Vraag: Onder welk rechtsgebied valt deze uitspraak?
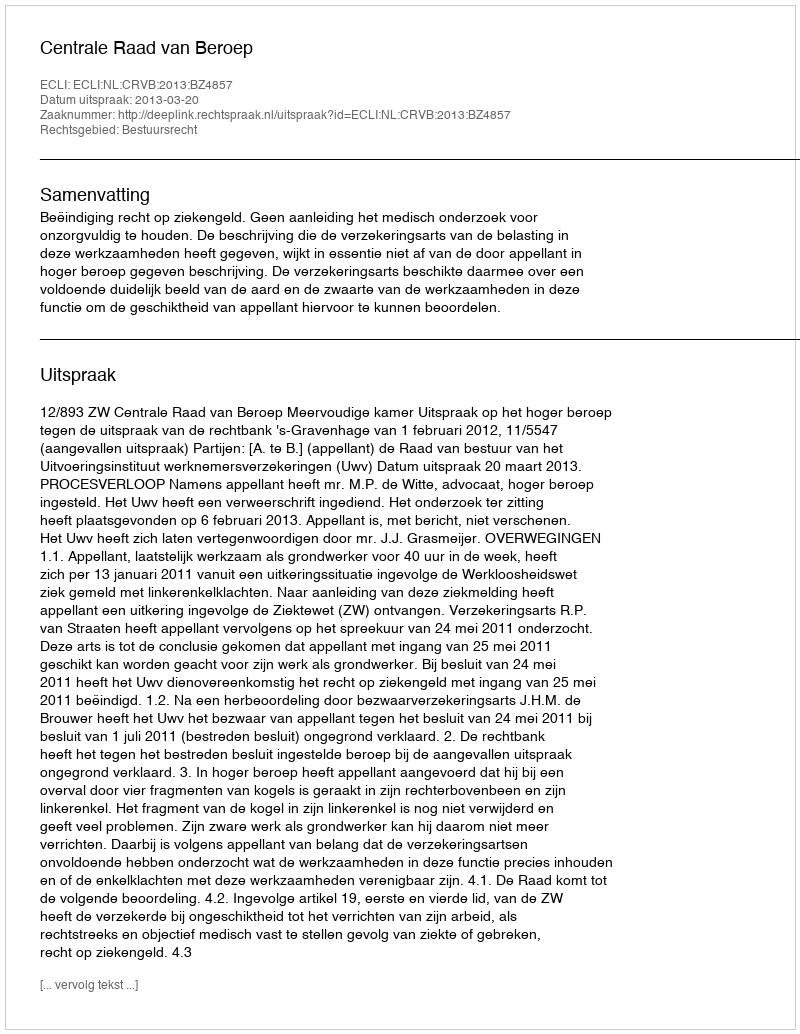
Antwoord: Bestuursrecht